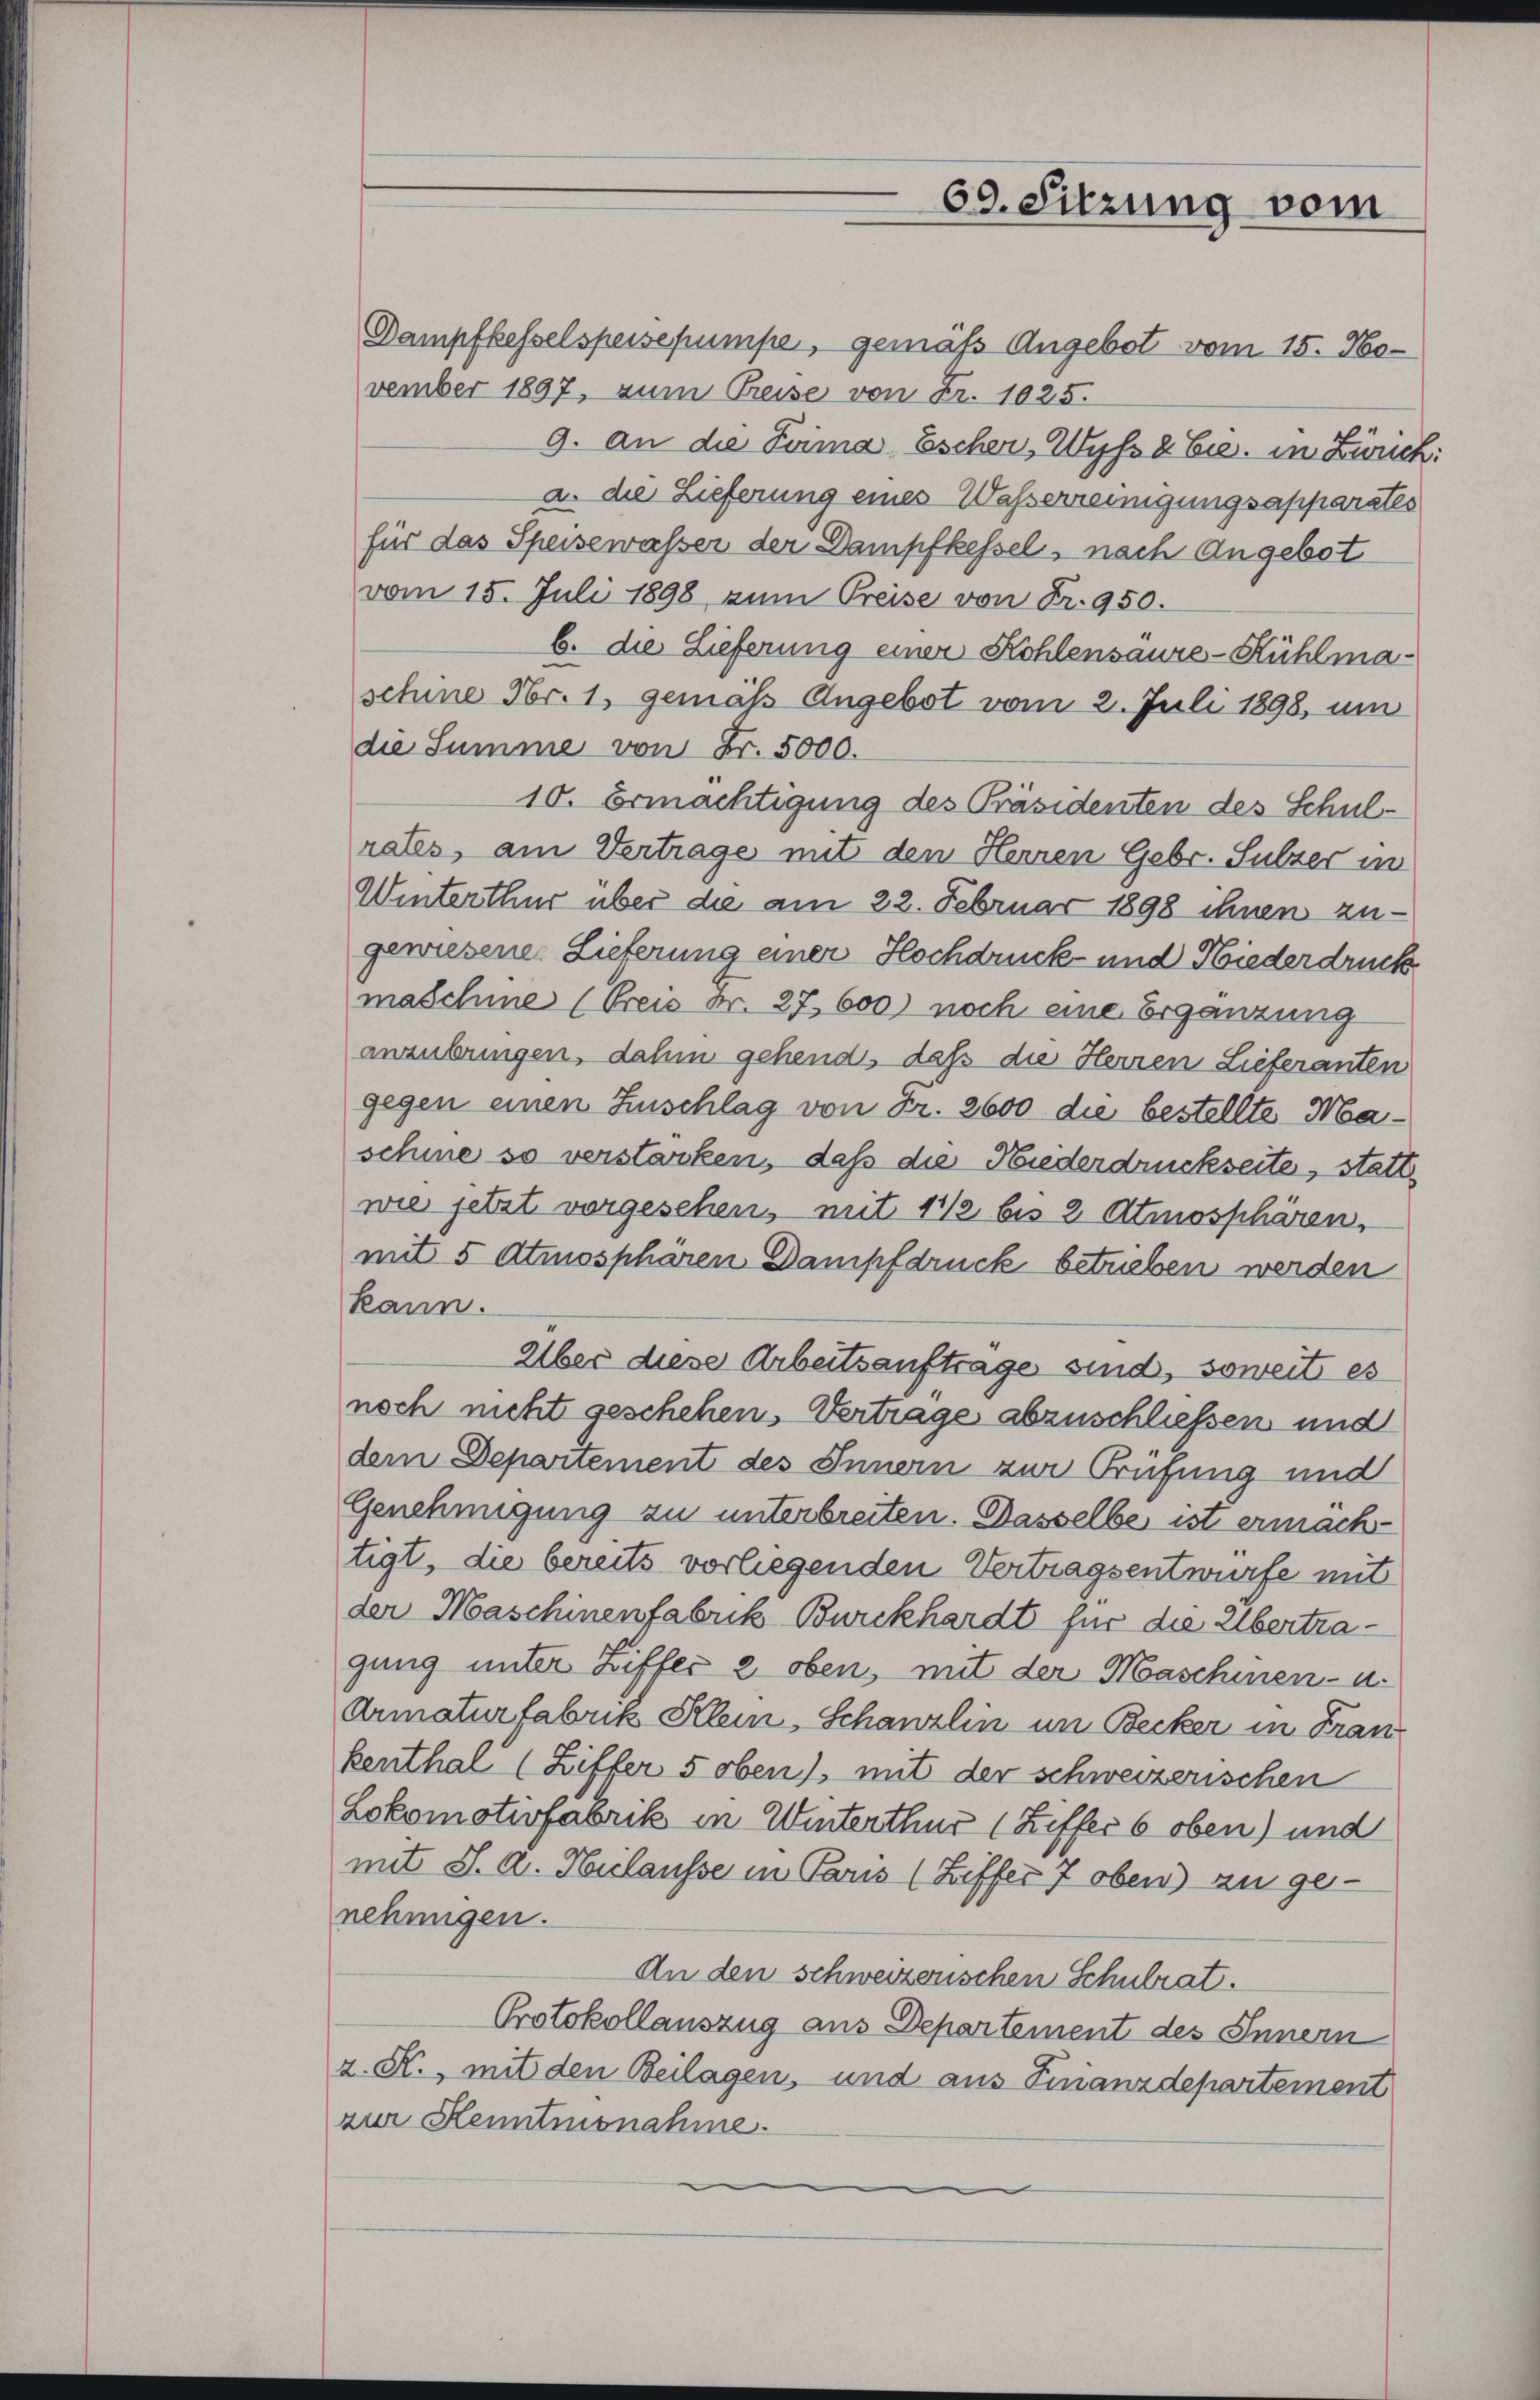
Dampfkesselspeisepumpe, gemäß Angebot vom 15. November 1897, zum Preise von Fr. 1025.
9. an die Prima Escher, Wyß & Cie. in Zürich
a die Lieferung eines Waßerreinigungsapparates
für das Speisewasser der Dampfkessel, nach Angebot
vom 15. Juli 1898 zum Preise von Fr. 950.
b. die Lieferung einer Kohlensaure-Kühlmaschine Fr. 1. gemäß Angebot vom 2. Juli 1898, um
die Summe von Fr. 5000.
10. Ermächtigung des Präsidenten des Schulrates, am Vertrage mit den Herren Gebr. Sulzer in
Winterthur über die am 22. Februar 1898 ihnen zugewiesene Lieferung einer Hochdruck- und Niederdruck
maschine (Preis Fr. 27. 600) noch eine Ergänzung
ausübungen, dahin gehend, daß die Herren Lieferanten
gegen einen Zuschlag von Fr. 2600 die bestellte Maschine so verstarken, daß die Niederdruckseite, statt
wie jetzt vorgesehen, mit 11/2 bis 2 Atmosphären,
mit 5 Atmosphären Dampfdruck betrieben werden
kann.
Über diese Arbeitsauftrage sind, soweit es
noch nicht geschehen. Vertrage abzuschließen und
dem Departement des Innern zur Prüfung und
Genehmigung zu unterbreiten. Dasselbe ist ermachtigt, die bereits vorliegenden Vertragsentwürfe mit
der Maschinenfabrik Burckhardt für die Übertragung unter Ziffer 2 oben, mit der Maschinen- u.
Armaturfabrik Klein, Schanzlin um Becker in Fran
kenthal (Ziffer 5 oben) mit der schweizerischen
Lokomotivfabrik in Winterthur (Ziffer 6 oben) und
mit St. A. Hilausse in Paris (Ziffer 7 oben) zu genehmigen.
An den schweizerischen Schulrat.
Protokollauszug aus Departement des Innern
z. K., mit den Beilagen, und aus Finanzdepartement
zur Kenntmonahme.

69. Sitzung vom